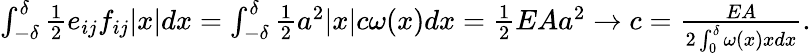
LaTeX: \begin{array}{r}{\int_{-\delta}^{\delta}\frac 12e_{ij}f_{ij}|x|dx=\int_{-\delta}^{\delta}\frac 12a^{2}|x|c\omega(x)dx=\frac 12EAa^{2}\to c=\frac{EA}{2\int_{0}^{\delta}\omega(x)xdx}.}\end{array}